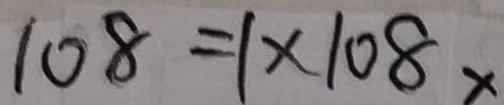
1 0 8 = 1 \times 1 0 8 x